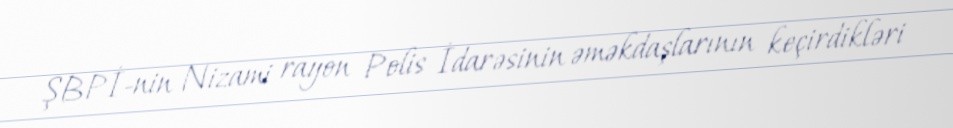
ŞBPİ-nin Nizami rayon Polis İdarəsinin əməkdaşlarının keçirdikləri